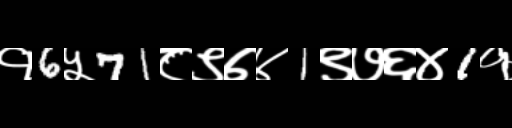
Text: १6५71८९७४1९७६४1१